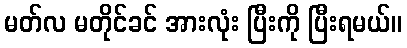
မတ်လ မတိုင်ခင် အားလုံး ပြီးကို ပြီးရမယ်။